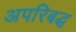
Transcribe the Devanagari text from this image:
अपरिबद्ध